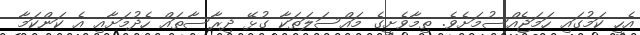
އެހީ ކަމުގައި ހަމަޖެއްސުމަށެވެ. ތިމާވެށީގެ މައްސަލަތަކާ ގުޅޭ ދިރާސާތައް ހެދުމަށާއި އެ ކަންކަމާ